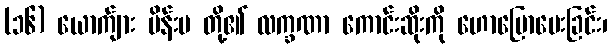
(၁၆) ယောက်ျား မိန်းမ တို့၏ လက္ခဏာ ကောင်းဆိုးကို ဟောပြောပေးခြင်း၊